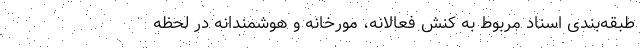
طبقه‌بندی اسناد مربوط به کنش فعالانه، مورخانه و هوشمندانه در لحظه